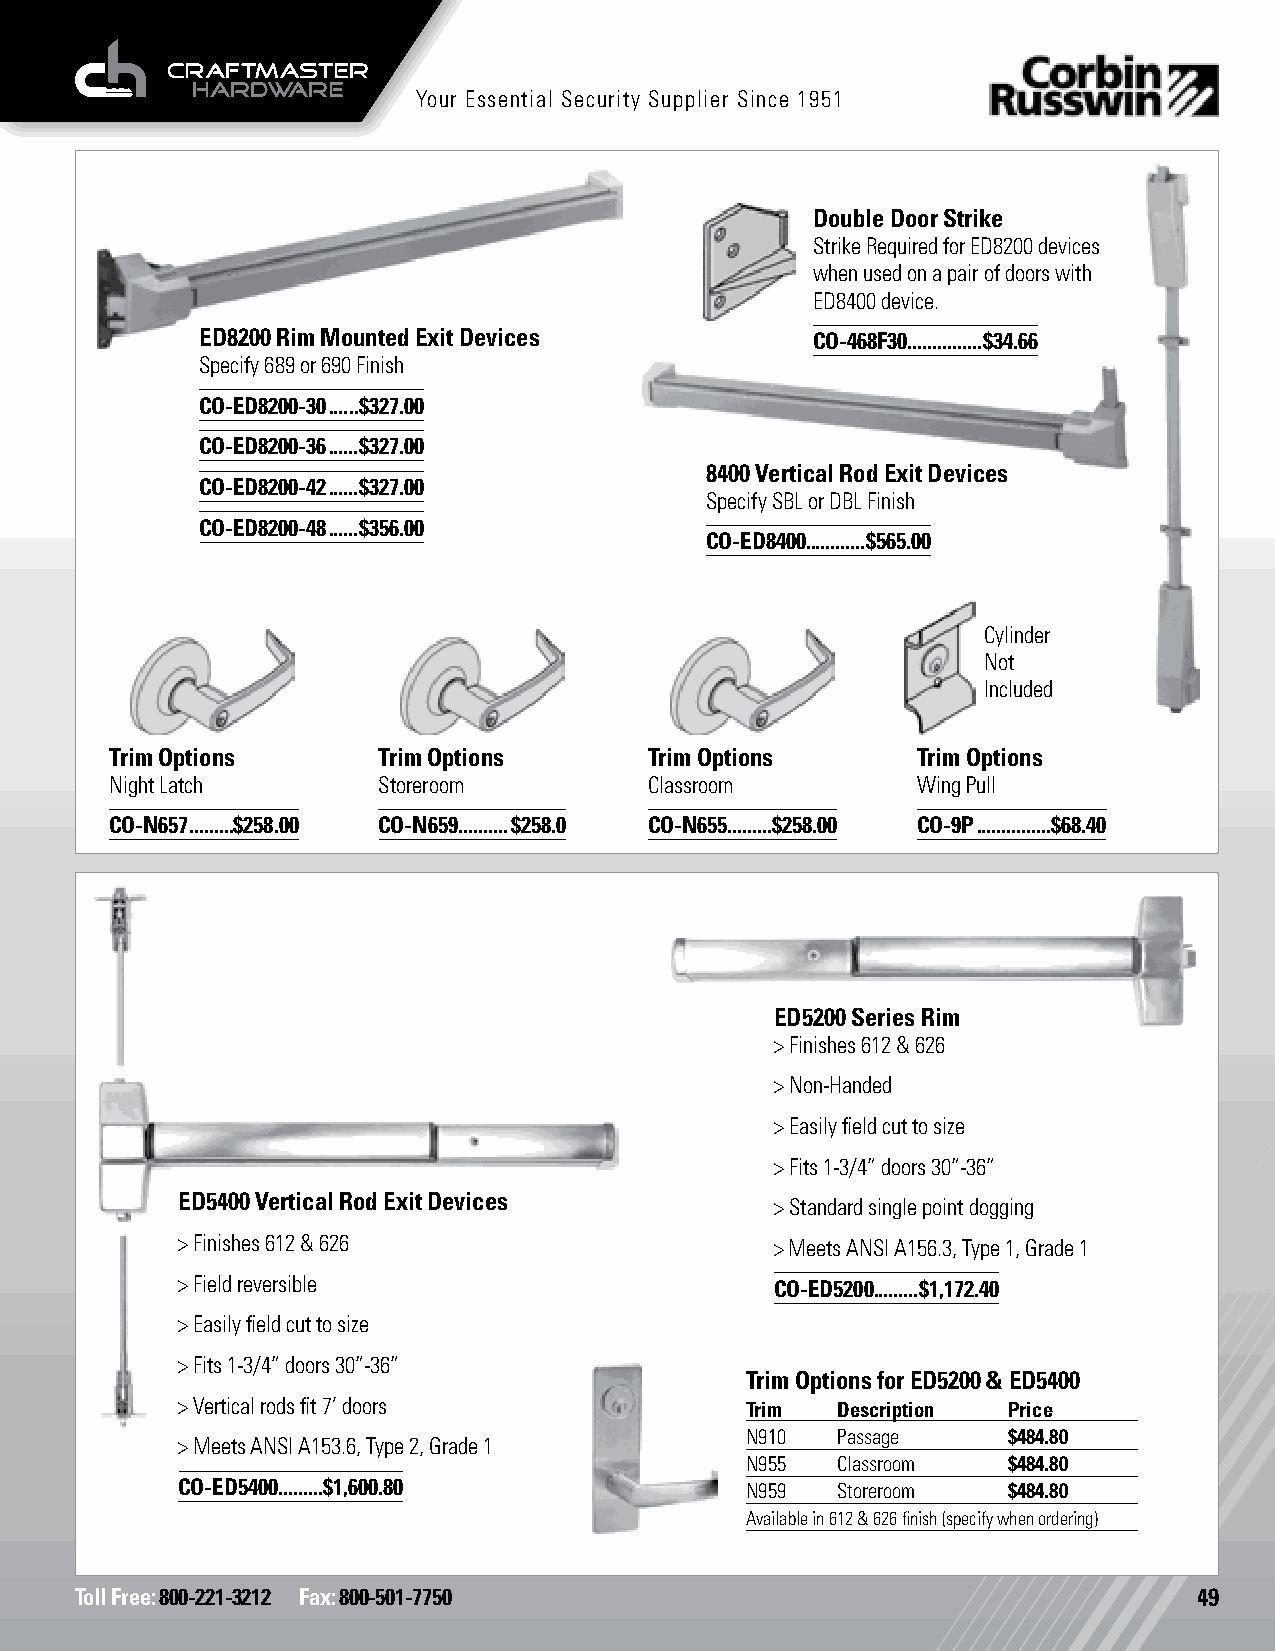
Your Essential Security Supplier Since 1951
 Double Door Strike
 Strike Required for ED8200 devices
 when used on a pair of doors with
 ED8400 device.
 ED8200 Rim Mounted Exit Devices          CO-468F30. ..............$34.66
 Specify 689 or 690 Finish
 CO-ED8200-30 ......$327.00
 CO-ED8200-36 ......$327.00
 8400 Vertical Rod Exit Devices
 CO-ED8200-42 ......$327.00
 Specify SBL or DBL Finish
 CO-ED8200-48 ......$356.00
 CO-ED8400............$565.00
 Cylinder
 Not
 Included
 Trim Options      Trim Options      Trim Options      Trim Options
 Night Latch       Storeroom         Classroom         Wing Pull
 CO-N657 .........$258.00 CO-N659 ..........$258.0 CO-N655 .........$258.00 CO-9P ...............$68.40
 ED5200 Series Rim
 > Finishes 612 & 626
 > Non-Handed
 > Easily field cut to size
 > Fits 1-3/4” doors 30”-36”
 ED5400 Vertical Rod Exit Devices
 > Standard single point dogging
 > Finishes 612 & 626                   > Meets ANSI A156.3, Type 1, Grade 1
 > Field reversible                     CO-ED5200.........$1,172.40
 > Easily field cut to size
 > Fits 1-3/4” doors 30”-36”
 Trim Options for ED5200 & ED5400
 > Vertical rods fit 7’ doors         Trim  Description Price
 N910  Passage     $484.80
 > Meets ANSI A153.6, Type 2, Grade 1
 N955  Classroom   $484.80
 CO-ED5400.........$1,600.80          N959  Storeroom   $484.80
 Available in 612 & 626 finish (specify when ordering)
 Toll Free: 800-221-3212 Fax: 800-501-7750                                 49